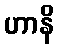
ဟာနိ